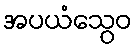
အပယံသွေဝ